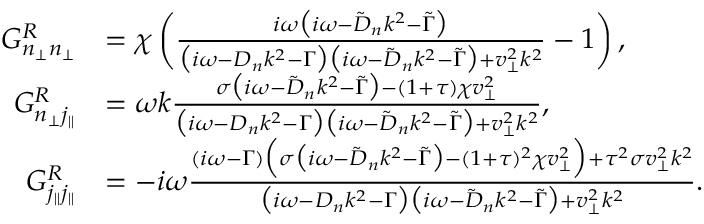
\begin{array} { r l } { G _ { n _ { \perp } n _ { \perp } } ^ { R } } & { = \chi \left( \frac { i \omega \big ( i \omega - \tilde { D } _ { n } k ^ { 2 } - \tilde { \Gamma } \big ) } { \big ( i \omega - D _ { n } k ^ { 2 } - \Gamma \big ) \big ( i \omega - \tilde { D } _ { n } k ^ { 2 } - \tilde { \Gamma } \big ) + v _ { \perp } ^ { 2 } k ^ { 2 } } - 1 \right) , } \\ { G _ { n _ { \perp } j _ { \| } } ^ { R } } & { = \omega k \frac { \sigma \big ( i \omega - \tilde { D } _ { n } k ^ { 2 } - \tilde { \Gamma } \big ) - ( 1 + \tau ) \chi v _ { \perp } ^ { 2 } } { \big ( i \omega - D _ { n } k ^ { 2 } - \Gamma \big ) \big ( i \omega - \tilde { D } _ { n } k ^ { 2 } - \tilde { \Gamma } \big ) + v _ { \perp } ^ { 2 } k ^ { 2 } } , } \\ { G _ { j _ { \| } j _ { \| } } ^ { R } } & { = - i \omega \frac { ( i \omega - \Gamma ) \Big ( \sigma \big ( i \omega - \tilde { D } _ { n } k ^ { 2 } - \tilde { \Gamma } \big ) - ( 1 + \tau ) ^ { 2 } \chi v _ { \perp } ^ { 2 } \Big ) + \tau ^ { 2 } \sigma v _ { \perp } ^ { 2 } k ^ { 2 } } { \big ( i \omega - D _ { n } k ^ { 2 } - \Gamma \big ) \big ( i \omega - \tilde { D } _ { n } k ^ { 2 } - \tilde { \Gamma } \big ) + v _ { \perp } ^ { 2 } k ^ { 2 } } . } \end{array}